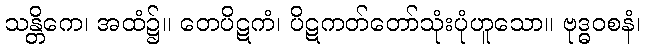
သန္တိကေ၊ အထံ၌။ တေပိဋကံ၊ ပိဋကတ်တော်သုံးပုံဟူသော။ ဗုဒ္ဓဝစနံ၊